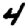
Digit: 4